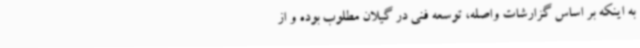
به اینکه بر اساس گزارشات واصله، توسعه فنی در گیلان مطلوب بوده و از